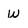
Character: w